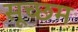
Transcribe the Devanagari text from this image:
सूच्‍छम